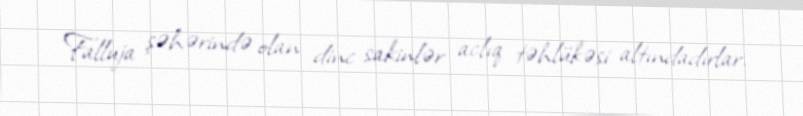
Falluja şəhərində olan dinc sakinlər aclıq təhlükəsi altındadırlar.